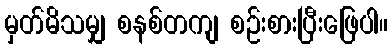
မှတ်မိသမျှ စနစ်တကျ စဉ်းစားပြီးဖြေပါ။